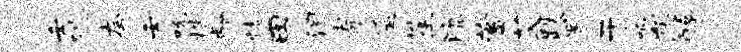
壬限夸壬吮梏龄情田泪寄遥笙漉蓄艾跌置干啊怠醇